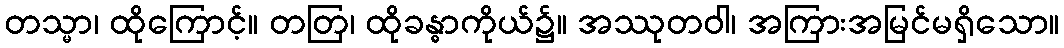
တသ္မာ၊ ထိုကြောင့်။ တတြ၊ ထိုခန္ဓာကိုယ်၌။ အဿုတဝါ၊ အကြားအမြင်မရှိသော။